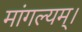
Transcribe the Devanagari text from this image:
मांगल्यम्।